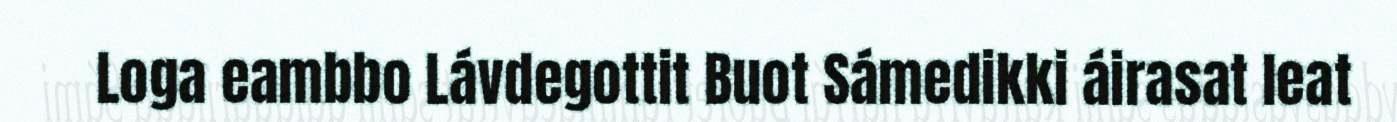
Loga eambbo Lávdegottit Buot Sámedikki áirasat leat